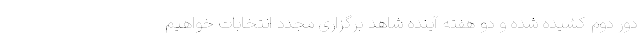
دور دوم کشیده شده و دو هفته آینده شاهد برگزاری مجدد انتخابات خواهیم